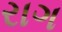
રાગ